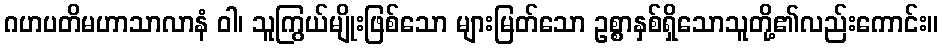
ဂဟပတိမဟာသာလာနံ ဝါ၊ သူကြွယ်မျိုးဖြစ်သော များမြတ်သော ဥစ္စာနှစ်ရှိသောသူတို့၏လည်းကောင်း။